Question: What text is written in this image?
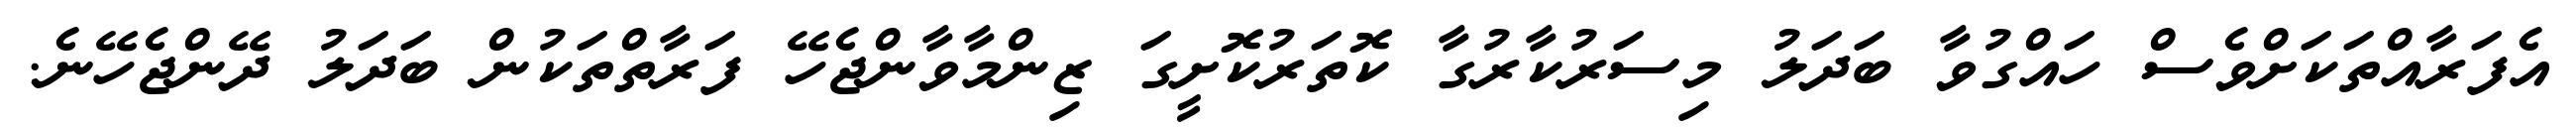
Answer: އެފަރާއްތަކަށްވެސް ހައްގުވާ ބަދަލު މިސަރުކާރުގާ ކޮތަރުކޮށީގަ ޒިންމާވާންޖެހޭ ފަރާތްތަކުން ބަދަލު ދޭންޖެހޭނެ.